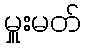
မှူးမတ်